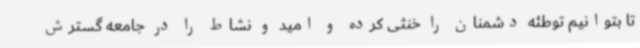
تا بتوانیم توطئه دشمنان را خنثی کرده و امید و نشاط را در جامعه گسترش